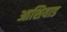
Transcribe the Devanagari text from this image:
आशियाड